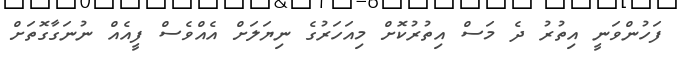
ފަހުންވަނީ އިތުރު ދެ މަސް އިތުރުކޮށް މިއަހަރުގެ ނިޔަލަށް އެއްވެސް ފީއެއް ނުނަގާގޮތަށް